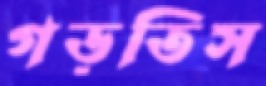
গড়তিস